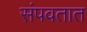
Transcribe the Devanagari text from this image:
संपवतात